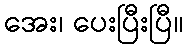
အေး၊ ပေးပြီးပြီ။